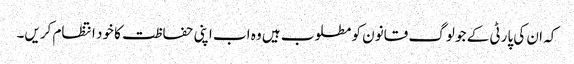
کہ ان کی پارٹی کے جو لوگ قانون کو مطلوب ہیں وہ اب اپنی حفاظت کا خود انتظام کریں۔